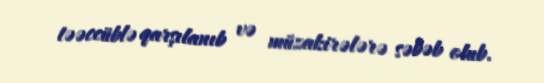
təəccüblə qarşılanıb və müzakirələrə səbəb olub.